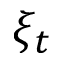
\xi _ { t }